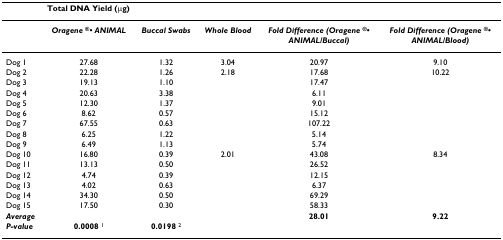
<table><thead><tr><td></td><td colspan="5"><b>Total DNA Yield (μg)</b></td></tr></thead><tbody><tr><td></td><td><b><i>Oragene <sup>®</sup>• ANIMAL</i></b></td><td><b><i>Buccal Swabs</i></b></td><td><b><i>Whole Blood</i></b></td><td><b><i>Fold Difference (Oragene </i><sup>®</sup>•</b><b><i>ANIMAL/Buccal)</i></b></td><td><b><i>Fold Difference (Oragene </i><sup>®</sup>•</b><b><i>ANIMAL/Blood)</i></b></td></tr><tr><td>Dog 1</td><td>27.68</td><td>1.32</td><td>3.04</td><td>20.97</td><td>9.10</td></tr><tr><td>Dog 2</td><td>22.28</td><td>1.26</td><td>2.18</td><td>17.68</td><td>10.22</td></tr><tr><td>Dog 3</td><td>19.13</td><td>1.10</td><td></td><td>17.47</td><td></td></tr><tr><td>Dog 4</td><td>20.63</td><td>3.38</td><td></td><td>6.11</td><td></td></tr><tr><td>Dog 5</td><td>12.30</td><td>1.37</td><td></td><td>9.01</td><td></td></tr><tr><td>Dog 6</td><td>8.62</td><td>0.57</td><td></td><td>15.12</td><td></td></tr><tr><td>Dog 7</td><td>67.55</td><td>0.63</td><td></td><td>107.22</td><td></td></tr><tr><td>Dog 8</td><td>6.25</td><td>1.22</td><td></td><td>5.14</td><td></td></tr><tr><td>Dog 9</td><td>6.49</td><td>1.13</td><td></td><td>5.74</td><td></td></tr><tr><td>Dog 10</td><td>16.80</td><td>0.39</td><td>2.01</td><td>43.08</td><td>8.34</td></tr><tr><td>Dog 11</td><td>13.13</td><td>0.50</td><td></td><td>26.52</td><td></td></tr><tr><td>Dog 12</td><td>4.74</td><td>0.39</td><td></td><td>12.15</td><td></td></tr><tr><td>Dog 13</td><td>4.02</td><td>0.63</td><td></td><td>6.37</td><td></td></tr><tr><td>Dog 14</td><td>34.30</td><td>0.50</td><td></td><td>69.29</td><td></td></tr><tr><td>Dog 15</td><td>17.50</td><td>0.30</td><td></td><td>58.33</td><td></td></tr><tr><td><b><i>Average</i></b></td><td></td><td></td><td></td><td><b>28.01</b></td><td><b>9.22</b></td></tr><tr><td><b><i>P-value</i></b></td><td><b>0.0008 </b><sup>1</sup></td><td><b>0.0198 </b><sup>2</sup></td><td></td><td></td><td></td></tr></tbody></table>